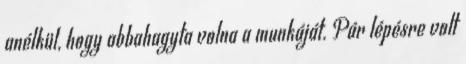
anélkül, hogy abbahagyta volna a munkáját. Pár lépésre volt